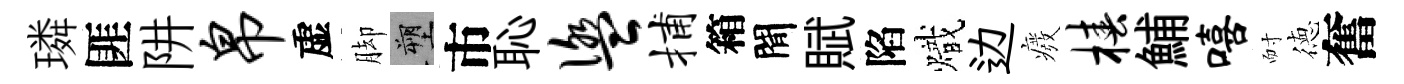
璘匪阱帛虚脚塑市恥盥捕箱閒賦陷熾边癈椿鯆嘻耐徳奮